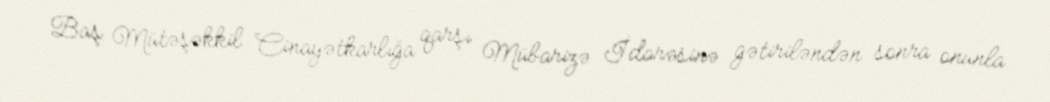
Baş Mütəşəkkil Cinayətkarlığa qarşı Mübarizə İdarəsinə gətiriləndən sonra onunla